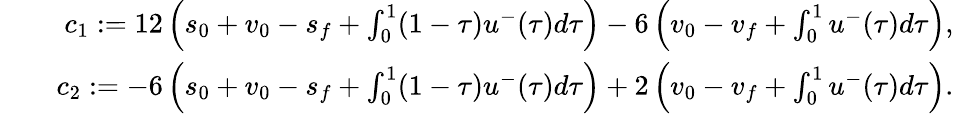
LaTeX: \begin{array}{rlr}&{}&{c_{1}:=12\left(s_{0}+v_{0}-s_{f}+\int_{0}^{1}(1-\tau)u^{-}(\tau)d\tau\right)-6\left(v_{0}-v_{f}+\int_{0}^{1}u^{-}(\tau)d\tau\right),}\\ &{}&{c_{2}:=-6\left(s_{0}+v_{0}-s_{f}+\int_{0}^{1}(1-\tau)u^{-}(\tau)d\tau\right)+2\left(v_{0}-v_{f}+\int_{0}^{1}u^{-}(\tau)d\tau\right).}\end{array}